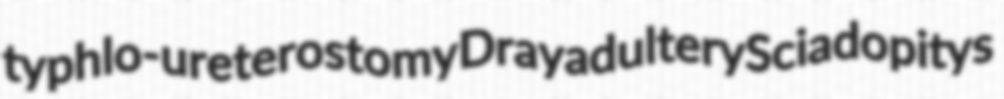
typhlo-ureterostomy Dray adultery Sciadopitys